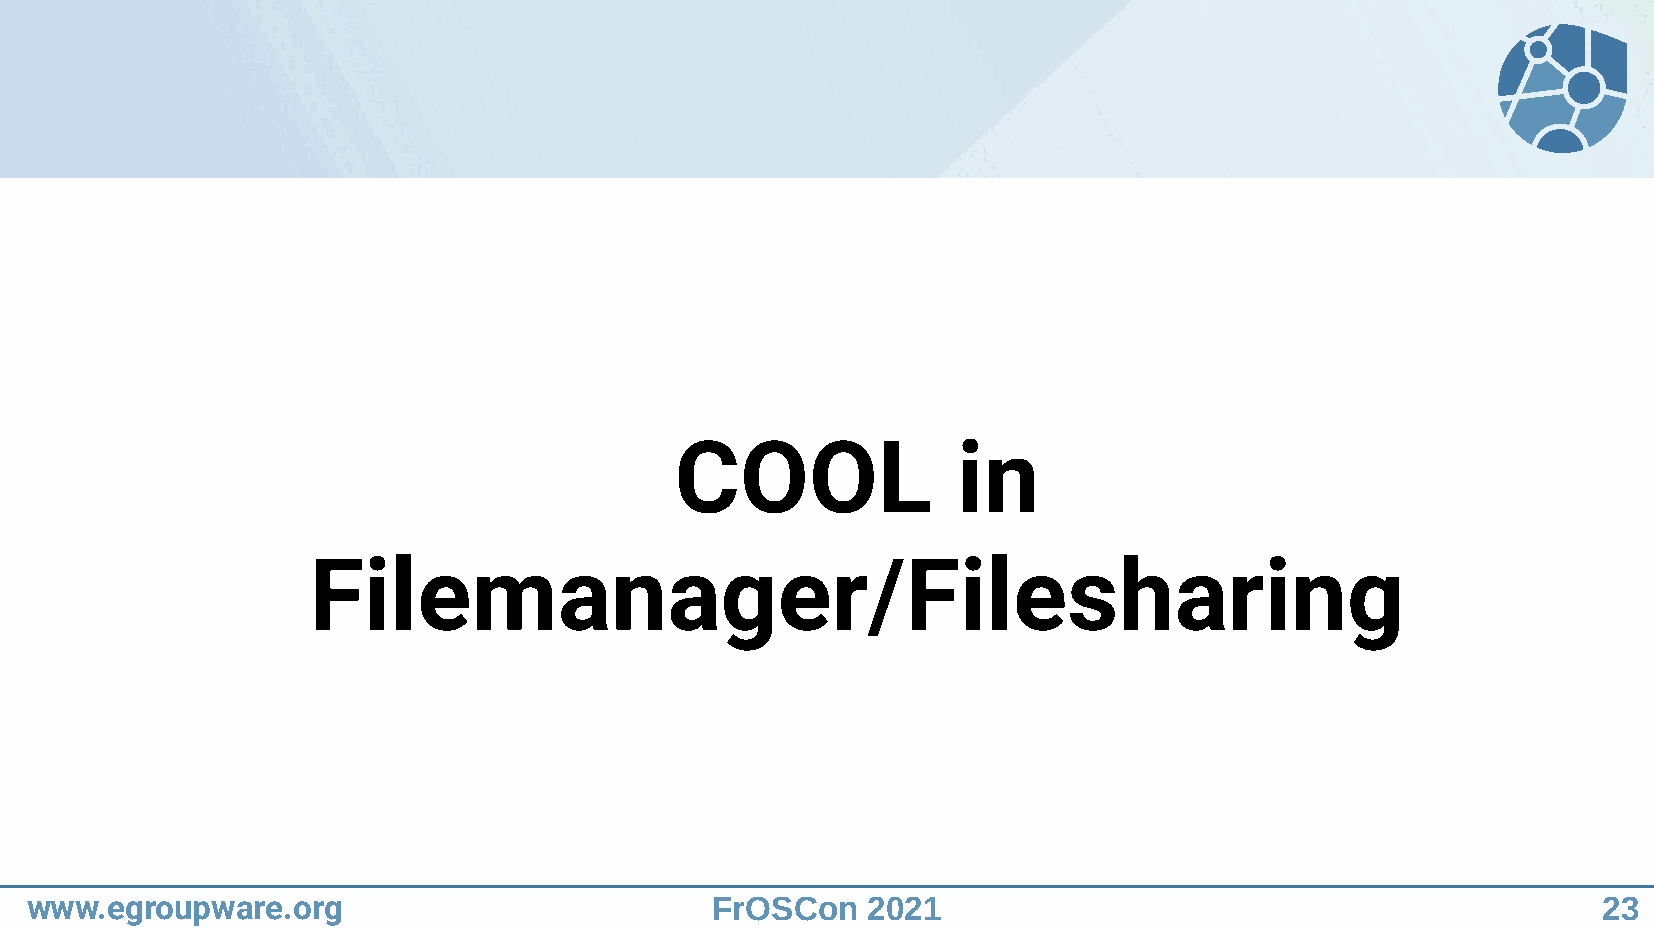
COOL              in
 Filemanager/Filesharing
 www.egroupware.org                           FrOSCon   2021                                             23